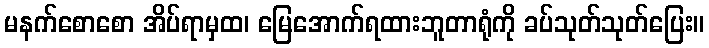
မနက်စောစော အိပ်ရာမှထ၊ မြေအောက်ရထားဘူတာရုံကို ခပ်သုတ်သုတ်ပြေး။